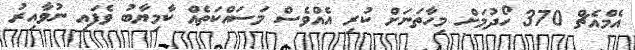
އެމްއެޗް 370 ހޯދުމަށް މިހާތަނަށް ކުރި އެއްވެސް މަސައްކަތެއް ކާމިޔާބު ވެފައި ނުވާއިރު